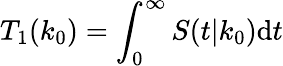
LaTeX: T_{1}(k_{0})=\int_{0}^{\infty}S(t|k_{0})\mathrm{d}t